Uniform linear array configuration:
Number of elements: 12
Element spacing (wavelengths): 0.5
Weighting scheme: binomial
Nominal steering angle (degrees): -15
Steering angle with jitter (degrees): -16.913
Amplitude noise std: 0.05
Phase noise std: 0.05

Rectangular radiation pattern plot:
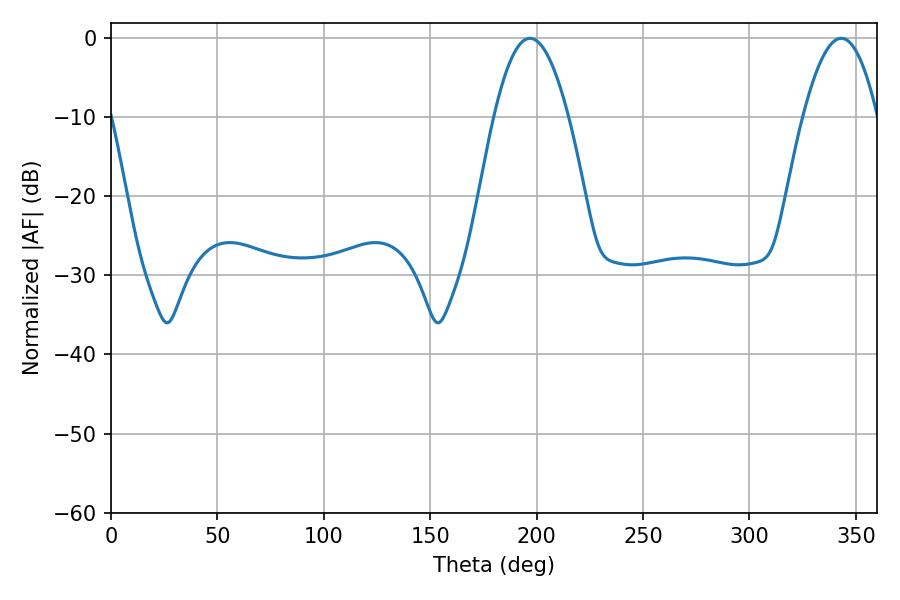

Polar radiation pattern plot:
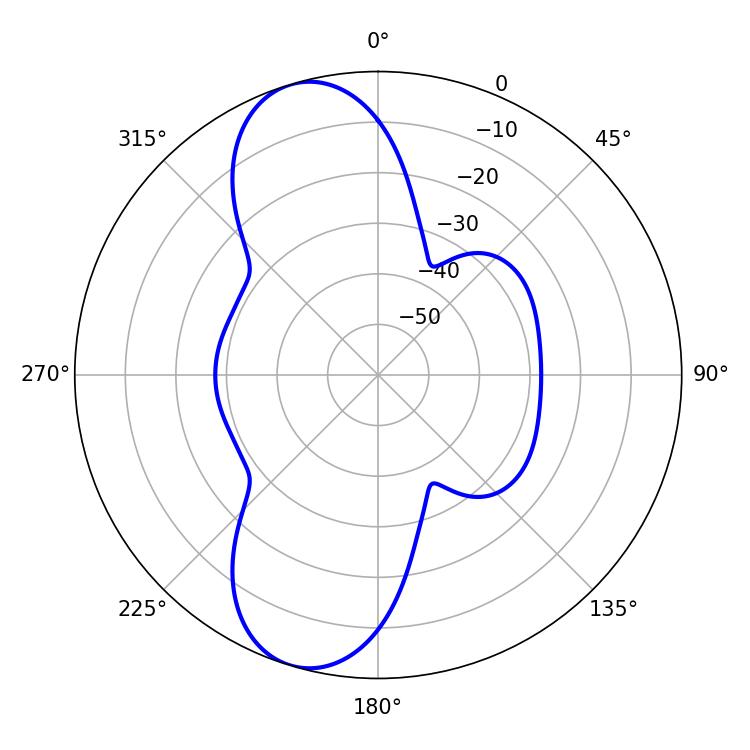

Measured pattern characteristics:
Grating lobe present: FALSE
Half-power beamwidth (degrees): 19.08
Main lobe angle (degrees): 196.92